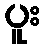
ပူး